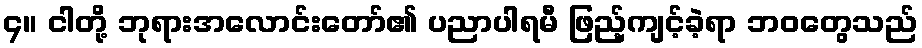
၄။ ငါတို့ ဘုရားအလောင်းတော်၏ ပညာပါရမီ ဖြည့်ကျင့်ခဲ့ရာ ဘဝတွေသည်